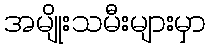
အမျိုးသမီးများမှာ